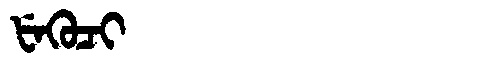
Manchu: ᡶᡝᡴᡠᠴᡳ
Romanization: FEKUCI